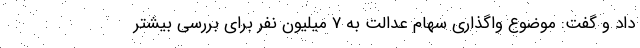
داد و گفت: موضوع واگذاری سهام عدالت به 7 میلیون نفر برای بررسی بیشتر